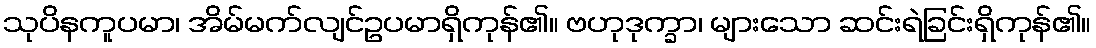
သုပိနကူပမာ၊ အိမ်မက်လျင်ဥပမာရှိကုန်၏။ ဗဟုဒုက္ခာ၊ များသော ဆင်းရဲခြင်းရှိကုန်၏။